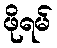
ဖိုရမ်